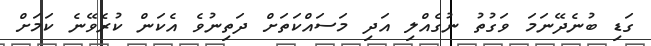
ގަޑި ބުނެދޭނަމަ ވަގުތު ނުގެއްލި އަދި މަސައްކަތަށް ދަތިނުވެ އެކަން ކުރެވޭނެ ކަމަށް